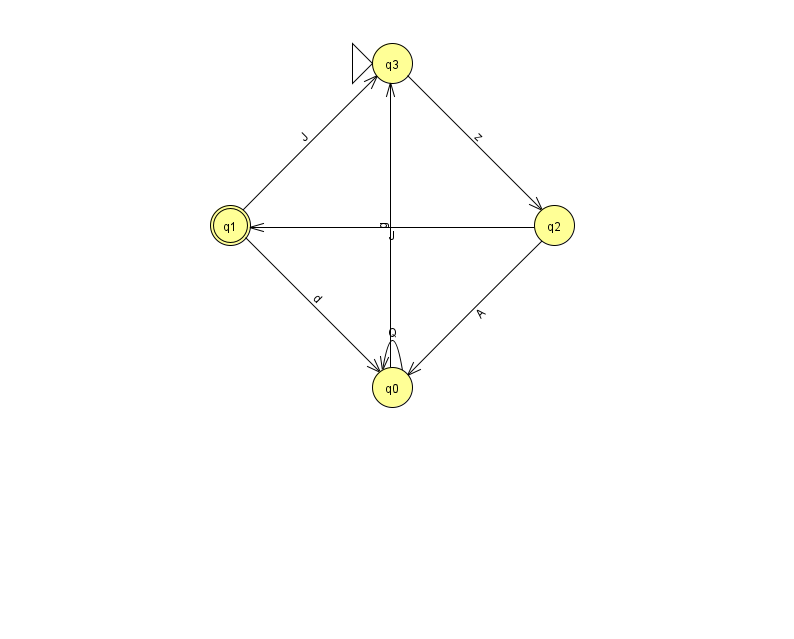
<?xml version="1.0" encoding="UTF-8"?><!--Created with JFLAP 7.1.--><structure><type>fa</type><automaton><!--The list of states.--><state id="0" name="q0"><x>392.0</x><y>374.0</y></state><state id="1" name="q1"><x>230.0</x><y>212.0</y><final/></state><state id="2" name="q2"><x>554.0</x><y>212.0</y></state><state id="3" name="q3"><x>392.0</x><y>50.0</y><initial/></state><!--The list of transitions.--><transition><from>0</from><to>3</to><read>g</read></transition><transition><from>2</from><to>1</to><read>J</read></transition><transition><from>0</from><to>0</to><read>Q</read></transition><transition><from>1</from><to>0</to><read>d</read></transition><transition><from>3</from><to>2</to><read>z</read></transition><transition><from>2</from><to>0</to><read>A</read></transition><transition><from>1</from><to>3</to><read>J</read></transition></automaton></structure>